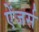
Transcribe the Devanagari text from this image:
ऐंजर्स